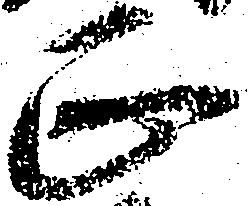
正